Scottish Leaving Certificate Examination, 1955
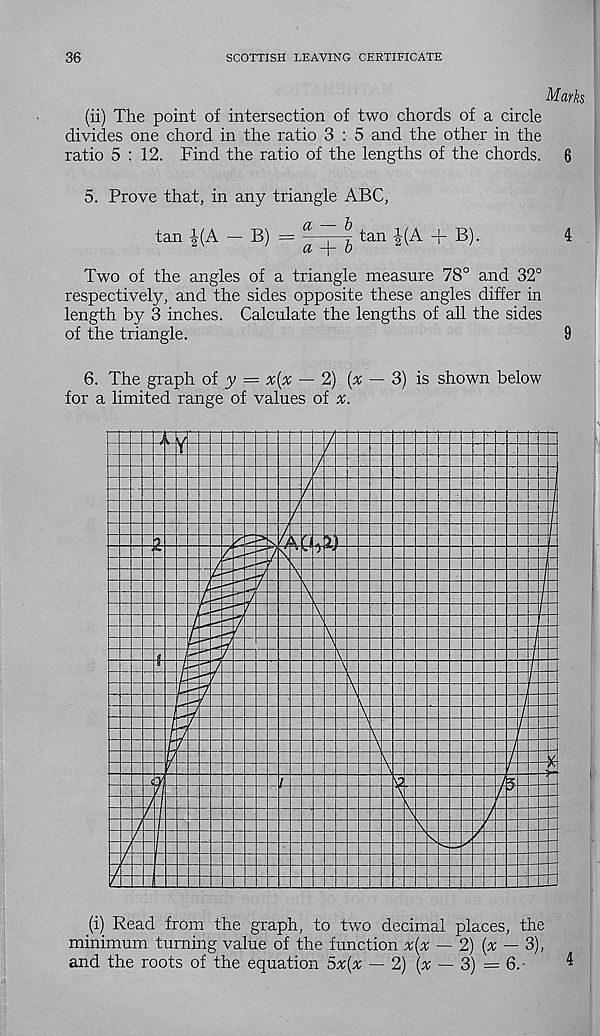
36
SCOTTISH LEAVING CERTIFICATE
Marks
(ii) The point of intersection of two chords of a circle
divides one chord in the ratio 3 : 5 and the other in the
ratio 5 : 12. Find the ratio of the lengths of the chords.
6
5. Prove that, in any triangle ABC,
tan i(A - B) =
tan i( A + B).
4
Two of the angles of a triangle measure 78° and 32°
respectively, and the sides opposite these angles differ in
length by 3 inches. Calculate the lengths of all the sides
of the triangle.
9
6. The graph of y = x[x — 2) {x
for a limited range of values of a;.
3) is shown below
\
(i) Read from the graph, to two decimal places, the
minimum turning value of the function x{x — 2) {x — 3),
and the roots of the equation 5x(x — 2) (x — 3) = 6.-
4